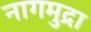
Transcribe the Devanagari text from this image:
नागमुद्रा